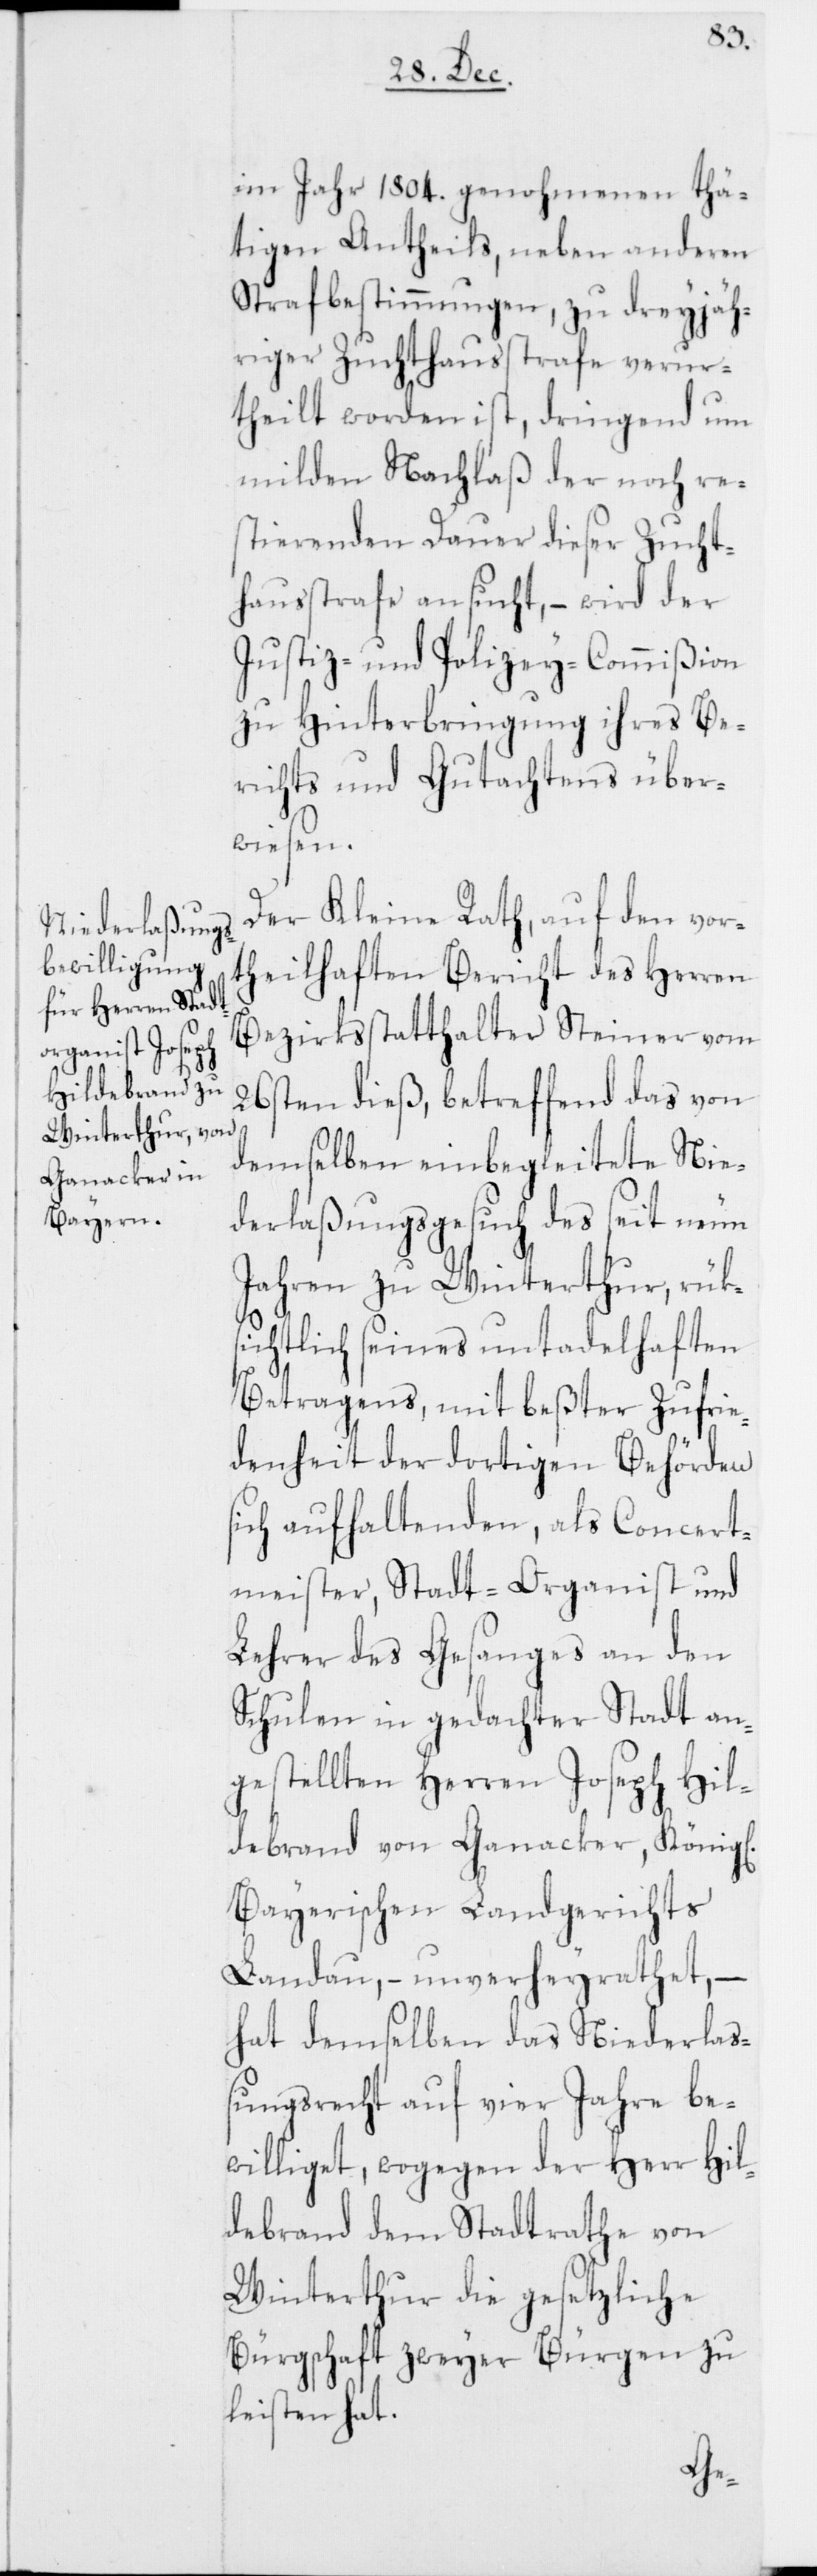
im Jahr 1804. genohmenen thä¬
tigen Antheils, neben anderen
Strafbestimmungen, zu dreyjäh¬
riger Zuchthausstrafe verur¬
theilt worden ist, dringend um
milden Nachlaß der noch re¬
stierenden Dauer dieser Zucht¬
hausstrafe ansucht, – wird der
Justiz- und Polizey-Commißion
zu Hinterbringung ihres Be¬
richts und Gutachtens über¬
wiesen.
Der Kleine Rath, auf den vor¬
theilhaften Bericht des Herren
Bezirksstatthalter Steiner vom
26sten dieß, betreffend das von
demselben einbegleitete Nie¬
derlaßungsgesuch des seit neun
Jahren zu Winterthur, rüks¬
ichtlich seines untadelhaften
Betragens, mit beßter Zufrie¬
denheit der dortigen Behörden
sich aufhaltenden, als Concert¬
meister, Stadt-Organist und
Lehrer des Gesanges an den
Schulen in gedachter Stadt an¬
gestellten Herren Joseph Hil¬
debrand von Ganacker, König[l¬
Bayerischen Landgerichts
Landau, – unverheyrathet, –
hat demselben das Niederlaß¬
ungsrecht auf vier Jahre be¬
williget, wogegen der Herr Hil¬
debrand dem Stadtrathe von
Winterthur die gesetzliche
Bürgschaft zweyer Bürgen zu
leisten hat.
ich]